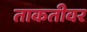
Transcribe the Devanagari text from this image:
ताकतीवर